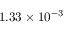
1 . 3 3 \times 1 0 ^ { - 3 }